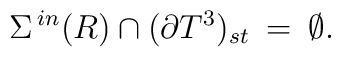
\Sigma^{\,in}(R)\cap(\partial{T}^3)_{st}\:=\:\emptyset .